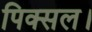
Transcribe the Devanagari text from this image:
पिक्सल।